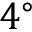
4 ^ { \circ }